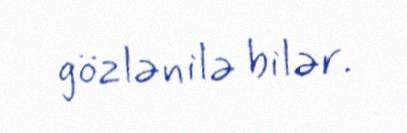
gözlənilə bilər.